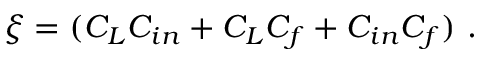
\xi = ( C _ { L } C _ { i n } + C _ { L } C _ { f } + C _ { i n } C _ { f } ) ~ .